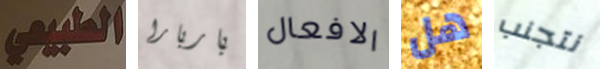
الطبيعي باربارا الافعال هل نتجنب